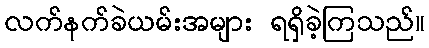
လက်နက်ခဲယမ်းအများ ရရှိခဲ့ကြသည်။